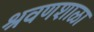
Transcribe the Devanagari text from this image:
श्रवणशाळा